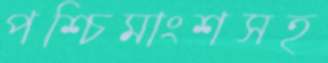
পশ্চিমাংশসহ